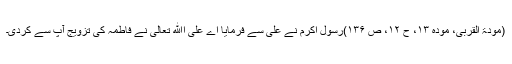
(مودۃ القربیٰ، مودہ ۱۳، ح ۱۲، ص ۱۳۶)رسول اکرم نے علی سے فرمایا اے علی اﷲ تعالیٰ نے فاطمہ کی تزویج آپ سے کردی۔